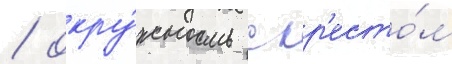
/ окру́жность с кр'есто́м